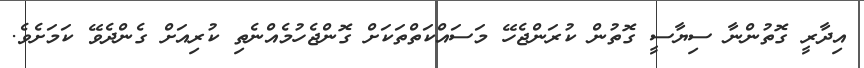
އިދާރީ ގޮތުންނާ ސިޔާސީ ގޮތުން ކުރަންޖެހޭ މަސައްކަތްތަކަށް ގޮންޖެހުމެއްނެތި ކުރިއަށް ގެންދެވޭ ކަމަށެވެ.